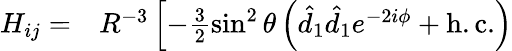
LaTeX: \begin{array}{rl}{H_{ij}=}&{{}R^{-3}\left[-\frac{3}{2}\sin^{2}\theta\left(\hat{d}_{1}\hat{d}_{1}e^{-2i\phi}+\mathrm{{h.c.}}\right)\right.}\end{array}